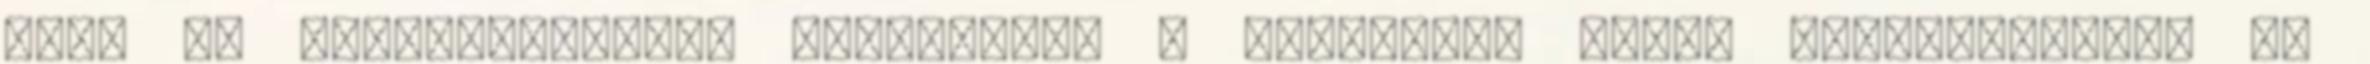
hogy az önmegvalósítás velejárója a lemondás. Ennek hajtóerejével az